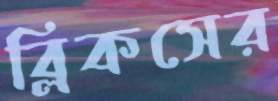
ব্লিকসের